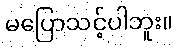
မပြောသင့်ပါဘူး။